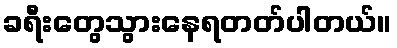
ခရီးတွေသွားနေရတတ်ပါတယ်။